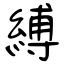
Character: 縛